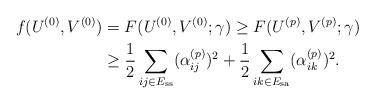
LaTeX: \begin{align*}f(U^{(0)},V^{(0)}) &= F(U^{(0)},V^{(0)};\gamma)\ge F(U^{(p)},V^{(p)};\gamma) \\&\ge \frac{1}{2}\sum_{ij\in E_{\mathrm{ss}}}(\alpha_{ij}^{(p)})^2 + \frac{1}{2}\sum_{ik\in E_{\mathrm{sa}}}(\alpha_{ik}^{(p)})^2. \end{align*}